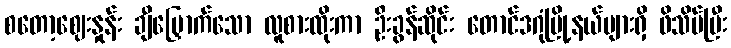
စတော့ဈေးနှုန်း ချီမြှောက်သော လူစားထိုးကာ ဦးခွန်ဆိုင်း တောင်ဒဂုံမြို့နယ်များရှိ ဖိသိပ်ပြီး